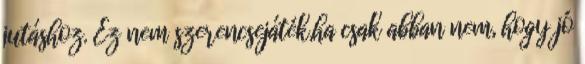
jutáshoz. Ez nem szerencsejáték,ha csak abban nem, hogy jó